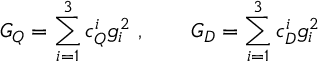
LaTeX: G _ { Q } = \sum _ { i = 1 } ^ { 3 } c _ { Q } ^ { i } g _ { i } ^ { 2 } \, \, , \qquad G _ { D } = \sum _ { i = 1 } ^ { 3 } c _ { D } ^ { i } g _ { i } ^ { 2 }